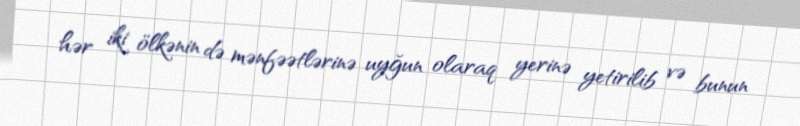
hər iki ölkənin də mənfəətlərinə uyğun olaraq yerinə yetirilib və bunun